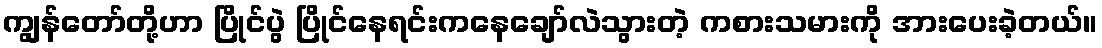
ကျွန်တော်တို့ဟာ ပြိုင်ပွဲ ပြိုင်နေရင်းကနေချော်လဲသွားတဲ့ ကစားသမားကို အားပေးခဲ့တယ်။